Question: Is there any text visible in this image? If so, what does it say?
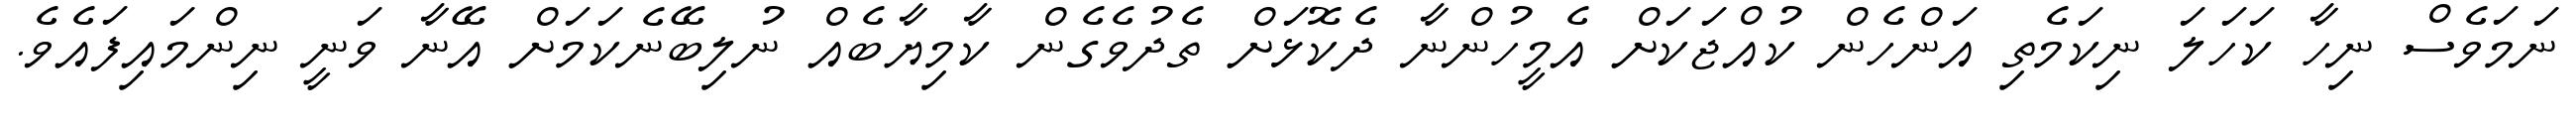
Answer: ނަމަވެސް ނިހާ ކަހަލަ ނިކަމެތި އަންހެން ކުއްޖަކަށް އެމީހުންނާ ދެކޮޅަށް ތެދުވެގެން ކާމިޔާބެއް ނުލިބޭނެކަމަށް އޭނާ ވަނީ ނިންމައިފައެވެ.